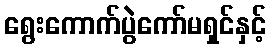
ရွေးကောက်ပွဲကော်မရှင်နှင့်